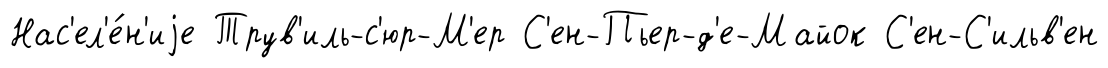
Нас'ел'е́н'иjе Трув'иль-с'юр-М'ер С'ен-Пьер-д'е-Майок С'ен-С'ильв'ен